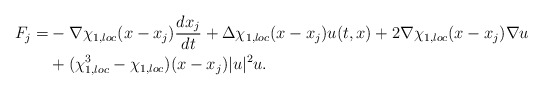
\begin{align*} \begin{aligned}F_{j}=&-\nabla \chi_{1,loc}(x-x_{j})\frac{dx_{j}}{dt}+\Delta \chi_{1,loc}(x-x_{j}) u(t,x)+2\nabla \chi_{1,loc}(x-x_{j})\nabla u\\&+(\chi^{3}_{1,loc}-\chi_{1,loc})(x-x_{j})|u|^{2}u .\end{aligned}\end{align*}